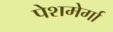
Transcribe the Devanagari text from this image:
पेशमेर्गा